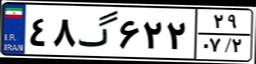
۴۸گ۶۲۲۲۹